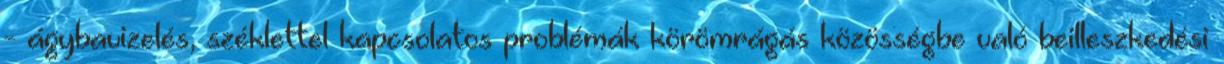
- ágybavizelés, széklettel kapcsolatos problémák körömrágás közösségbe való beilleszkedési